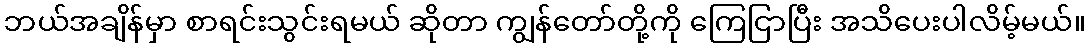
ဘယ်အချိန်မှာ စာရင်းသွင်းရမယ် ဆိုတာ ကျွန်တော်တို့ကို ကြေငြာပြီး အသိပေးပါလိမ့်မယ်။